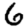
Digit: 6